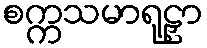
စက္ကသမာရုဠှာ